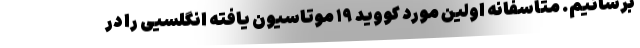
برسانیم. متاسفانه اولین مورد کووید ۱۹ موتاسیون یافته انگلسیی را در